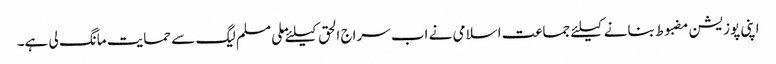
اپنی پوزیشن مضبوط بنانے کیلئے جماعت اسلامی نے اب سراج الحق کیلئے ملی مسلم لیگ سے حمایت مانگ لی ہے۔